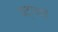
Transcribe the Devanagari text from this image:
षट्‍पदी